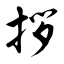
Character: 拶